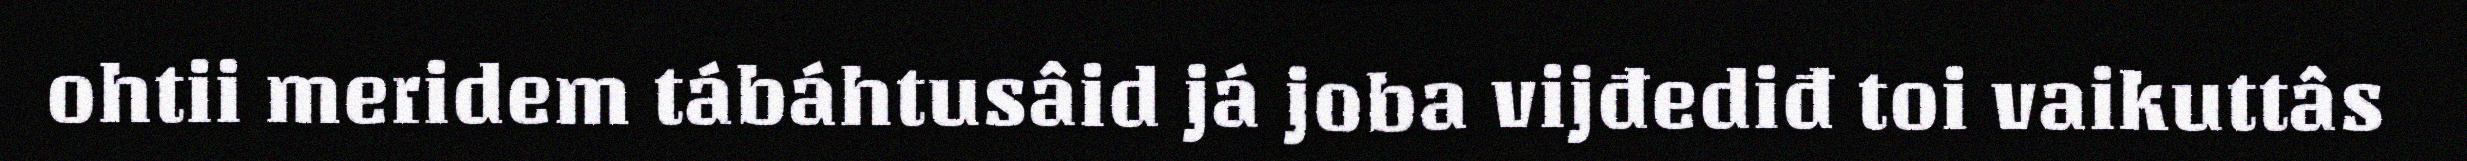
ohtii meridem tábáhtusâid já joba vijđediđ toi vaikuttâs